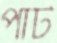
পাট